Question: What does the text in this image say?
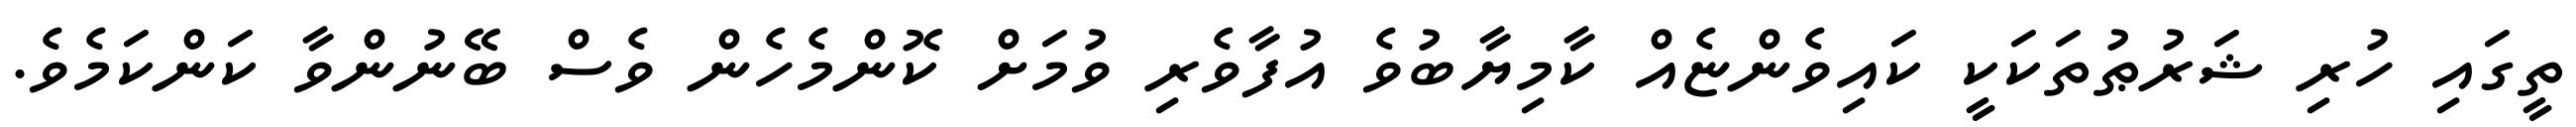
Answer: ތީގައި ހުރި ޝަރުޠުތަކަކީ ކައިވެންޏެއް ކާމިޔާބުވެ އުފާވެރި ވުމަށް ކޮންމެހެން ވެސް ބޭނުންވާ ކަންކަމެވެ.